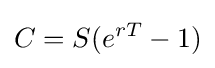
C=S(e^{rT}-1)